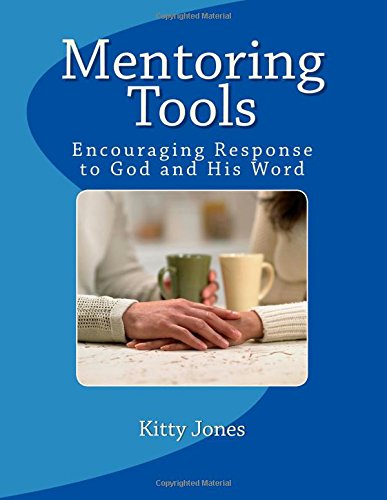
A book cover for Mentoring Tools: Consider How to Stir Up One Another to Love and Good Works (Hebrews 10:24); Kitty Jones; Parenting & Relationships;